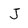
Character: J